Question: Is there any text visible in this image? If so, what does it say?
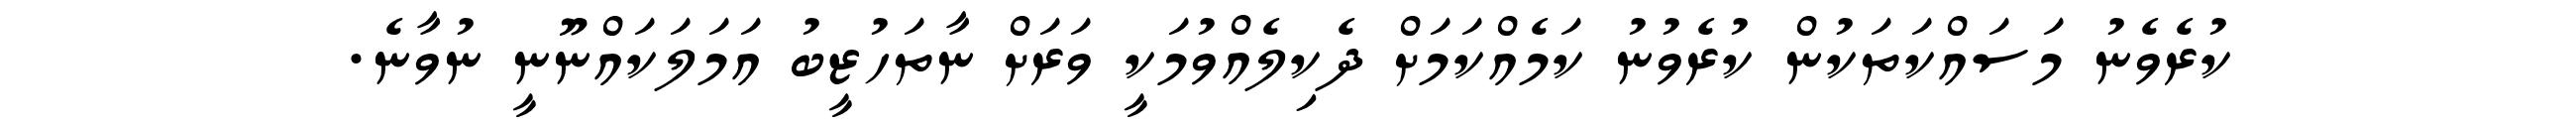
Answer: ކުރެވެނު މަސައްކަތަކުން ކުރެވުނު ކަމެއްކަމަށް ދެކިލެއްވުމަކީ ވަރަށް ނާތަހުޒީބު އަމަލަކައްނޫނީ ނުވާނެ.